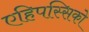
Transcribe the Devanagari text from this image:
एहिपस्सिको